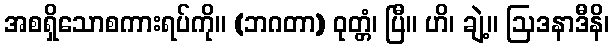
အစရှိသောစကားရပ်ကို။ (ဘဂတာ) ဝုတ္တံ၊ ပြီ။ ဟိ၊ ချဲ့။ ဩဒနာဒီနိ၊